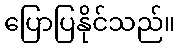
ပြောပြနိုင်သည်။